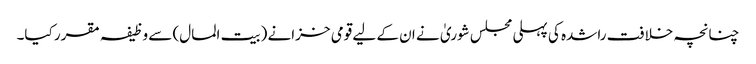
چنانچہ خلافت راشدہ کی پہلی مجلس شوریٰ نے ان کے لیے قومی خزانے (بیت المال) سے وظیفہ مقرر کیا۔